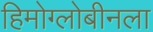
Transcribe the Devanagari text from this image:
हिमोग्लोबीनला